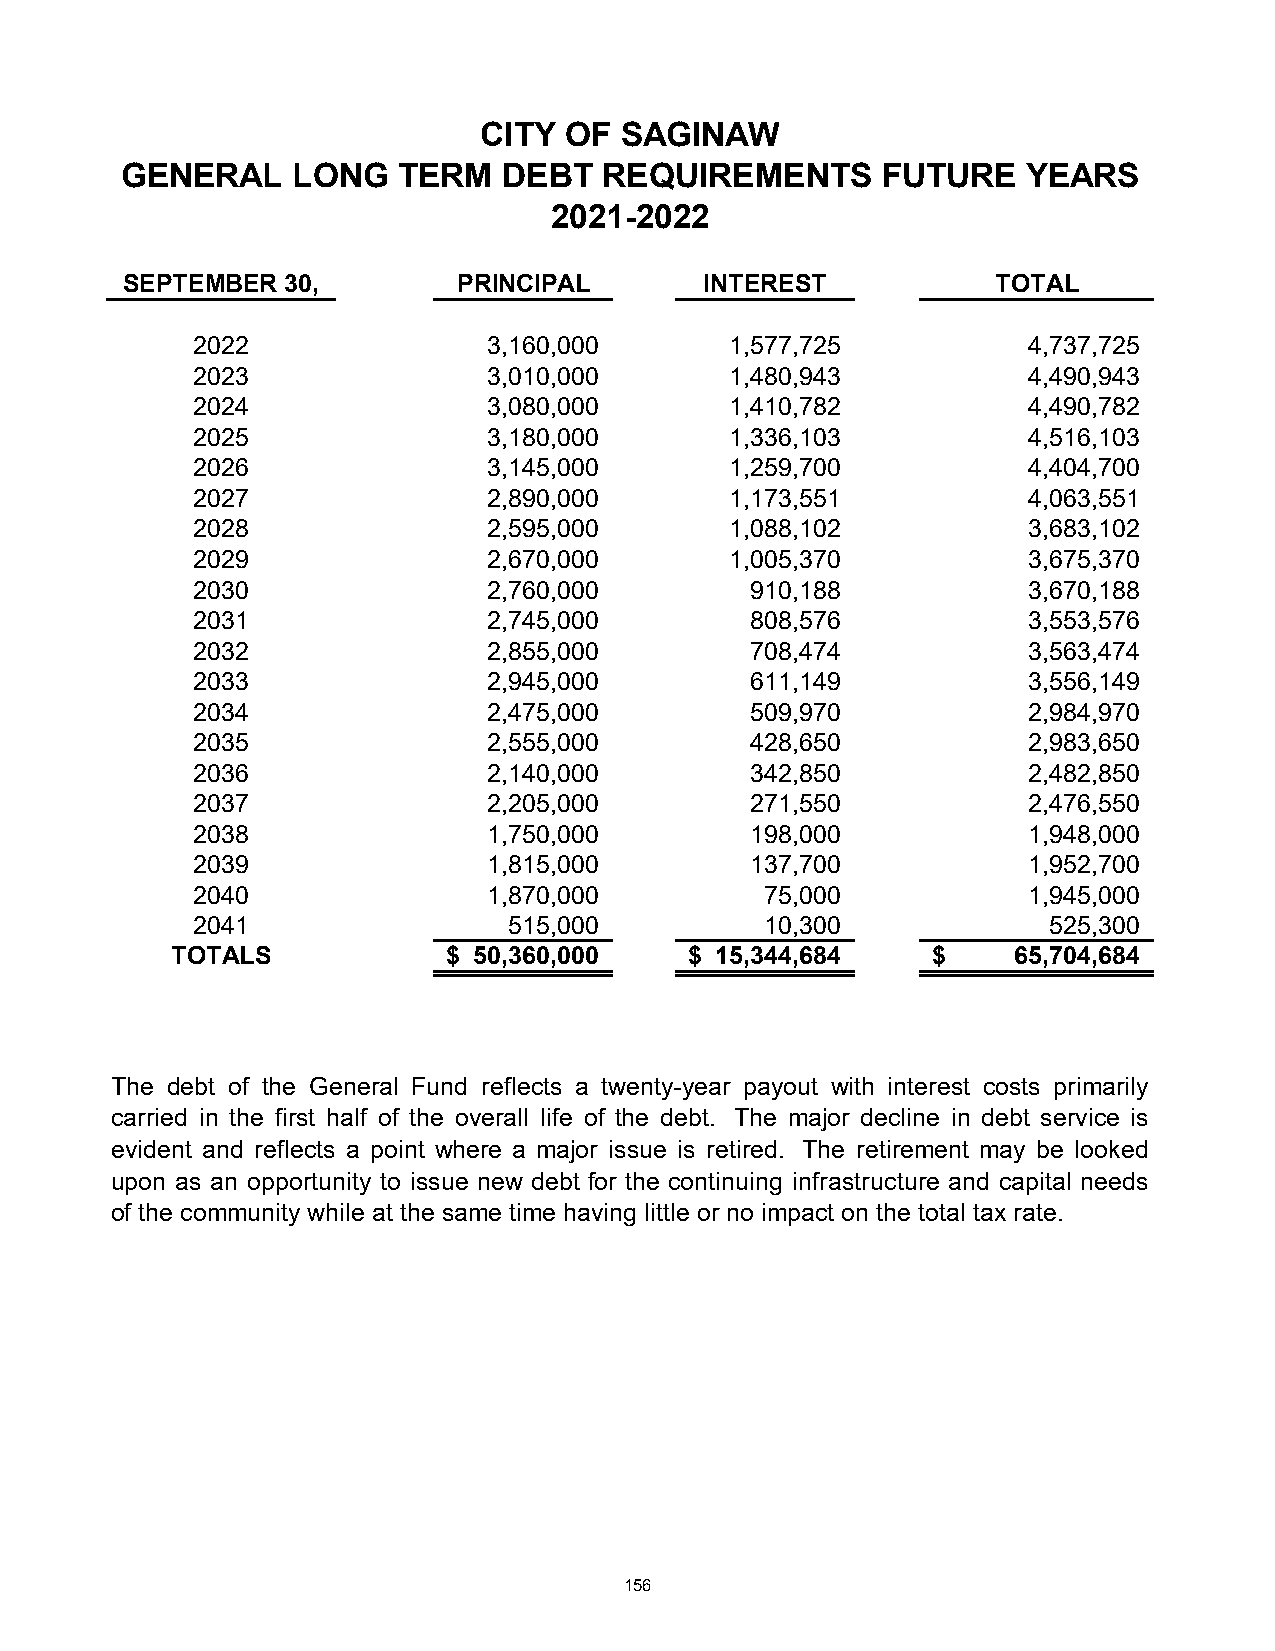
CITY OF  SAGINAW
 GENERAL    LONG   TERM   DEBT   REQUIREMENTS      FUTURE    YEARS
 2021-2022
 SEPTEMBER  30,        PRINCIPAL        INTEREST           TOTAL
 2022               3,160,000       1,577,725           4,737,725
 2023               3,010,000       1,480,943           4,490,943
 2024               3,080,000       1,410,782           4,490,782
 2025               3,180,000       1,336,103           4,516,103
 2026               3,145,000       1,259,700           4,404,700
 2027               2,890,000       1,173,551           4,063,551
 2028               2,595,000       1,088,102           3,683,102
 2029               2,670,000       1,005,370           3,675,370
 2030               2,760,000         910,188           3,670,188
 2031               2,745,000         808,576           3,553,576
 2032               2,855,000         708,474           3,563,474
 2033               2,945,000         611,149           3,556,149
 2034               2,475,000         509,970           2,984,970
 2035               2,555,000         428,650           2,983,650
 2036               2,140,000         342,850           2,482,850
 2037               2,205,000         271,550           2,476,550
 2038               1,750,000         198,000           1,948,000
 2039               1,815,000         137,700           1,952,700
 2040               1,870,000          75,000           1,945,000
 2041                 515,000          10,300            525,300
 TOTALS             $ 50,360,000    $ 15,344,684    $    65,704,684
 The debt of the General Fund reflects a twenty-year payout with interest costs primarily
 carried in the first half of the overall life of the debt. The major decline in debt service is
 evident and reflects a point where a major issue is retired. The retirement may be looked
 upon as an opportunity to issue new debt for the continuing infrastructure and capital needs
 of the community while at the same time having little or no impact on the total tax rate.
 156